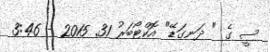
ސީ ގެ " ދަނގަޑޭ" އޮކްޓޯބަރު 31